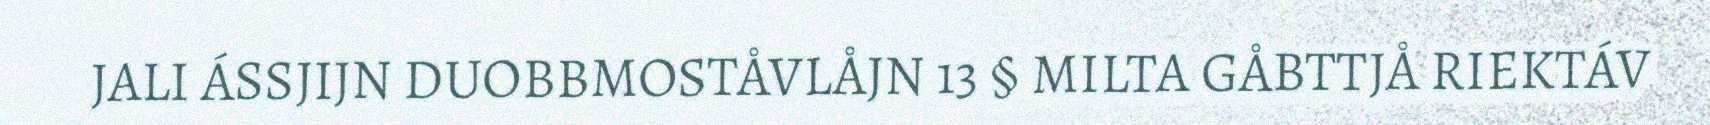
JALI ÁSSJIJN DUOBBMOSTÅVLÅJN 13 § MILTA GÅBTTJÅ RIEKTÁV